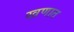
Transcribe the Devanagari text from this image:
खणात